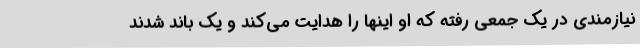
نیازمندی در یک جمعی رفته که او اینها را هدایت می‌کند و یک باند شدند